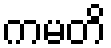
ကမတိ